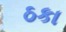
ઠકા